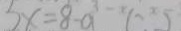
3 x = 8 - a